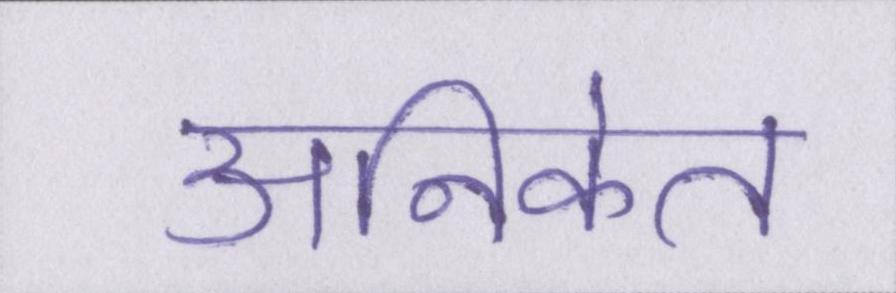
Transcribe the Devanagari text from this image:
अनिकेत